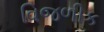
વિજળીક